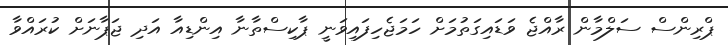
ޕްރިންސް ސަލްމާން ރާއްޖެ ވަޑައިގަތުމަށް ހަމަޖެހިފައިވަނީ ޕާކިސްތާނާ އިންޑިއާ އަދި ޖަޕާނަށް ކުރައްވާ